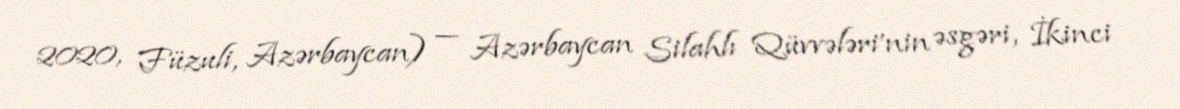
2020, Füzuli, Azərbaycan) — Azərbaycan Silahlı Qüvvələri'nin əsgəri, İkinci